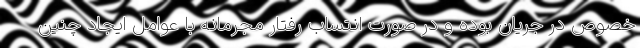
خصوص در جریان بوده و در صورت انتساب رفتار مجرمانه با عوامل ایجاد چنین